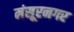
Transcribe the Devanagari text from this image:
मंसूरनगर